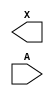
/**
 * Copyright 2020 The SkyWater PDK Authors
 *
 * Licensed under the Apache License, Version 2.0 (the "License");
 * you may not use this file except in compliance with the License.
 * You may obtain a copy of the License at
 *
 *     https://www.apache.org/licenses/LICENSE-2.0
 *
 * Unless required by applicable law or agreed to in writing, software
 * distributed under the License is distributed on an "AS IS" BASIS,
 * WITHOUT WARRANTIES OR CONDITIONS OF ANY KIND, either express or implied.
 * See the License for the specific language governing permissions and
 * limitations under the License.
 *
 * SPDX-License-Identifier: Apache-2.0
 */

`ifndef SKY130_FD_SC_LP__DLYBUF4S15KAPWR_BLACKBOX_V
`define SKY130_FD_SC_LP__DLYBUF4S15KAPWR_BLACKBOX_V

/**
 * dlybuf4s15kapwr: Delay Buffer 4-stage 0.15um length inner stage
 *                  gates on keep-alive power rail.
 *
 * Verilog stub definition (black box without power pins).
 *
 * WARNING: This file is autogenerated, do not modify directly!
 */

`timescale 1ns / 1ps
`default_nettype none

(* blackbox *)
module sky130_fd_sc_lp__dlybuf4s15kapwr (
    X,
    A
);

    output X;
    input  A;

    // Voltage supply signals
    supply1 VPWR ;
    supply0 VGND ;
    supply1 KAPWR;
    supply1 VPB  ;
    supply0 VNB  ;

endmodule

`default_nettype wire
`endif  // SKY130_FD_SC_LP__DLYBUF4S15KAPWR_BLACKBOX_V